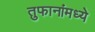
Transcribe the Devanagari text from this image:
तुफानांमध्ये